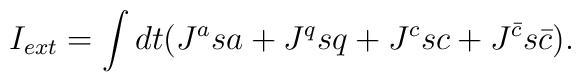
I_{ext}= \int dt (J^a sa + J^q sq + J^c sc + J^{{\bar c}}s{\bar c}).